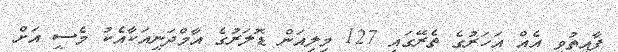
ފާއިތުވި އެއް އަހަރުގެ ތެރޭގައި 127 މިލިއަން ޑޮލަރުގެ އާމްދަނީއަކާއެކު މެސީ އަށް